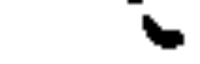
.